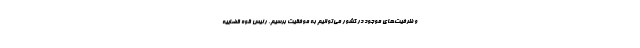
و ظرفیت‌های موجود در کشور می‌توانیم به موفقیت برسیم. رئیس قوه قضاییه